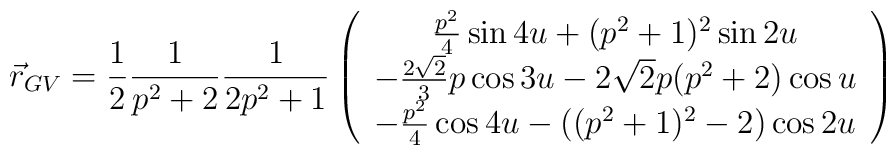
\vec r_{GV} = {1\over 2}{1\over p^2+2}{1\over 2p^2+1} \left(  \begin{array}{c}{p^2\over 4}\sin{4u} +(p^2+1)^2\sin{2u} \\  -{2\sqrt{2}\over 3}p\cos{3u} -2\sqrt{2}p(p^2+2)\cos{u} \\  -{p^2\over 4}\cos{4u} -((p^2+1)^2-2)\cos{2u}  \end{array} \right)